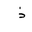
Letter: _thal